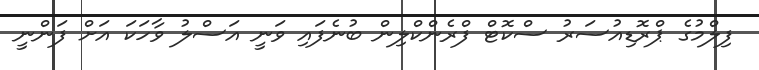
ފިލްމުގެ ޕްރޮޑިއުސަރު ސްކޮޓް ފްރެންކްލިން ބުނެފައި ވަނީ އަސްލު ވާހަކަ އަށް ފަންނީ